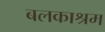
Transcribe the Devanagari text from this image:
बलकाश्रम